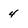
Character: 4